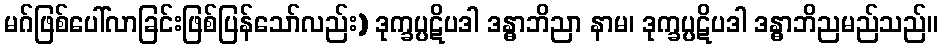
မဂ်ဖြစ်ပေါ်လာခြင်းဖြစ်ပြန်သော်လည်း) ဒုက္ခပ္ပဋိပဒါ ဒန္ဓာဘိညာ နာမ၊ ဒုက္ခပ္ပဋိပဒါ ဒန္ဓာဘိညမည်သည်။